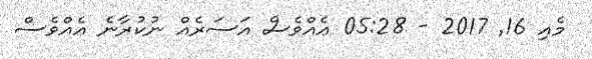
މެއި 16